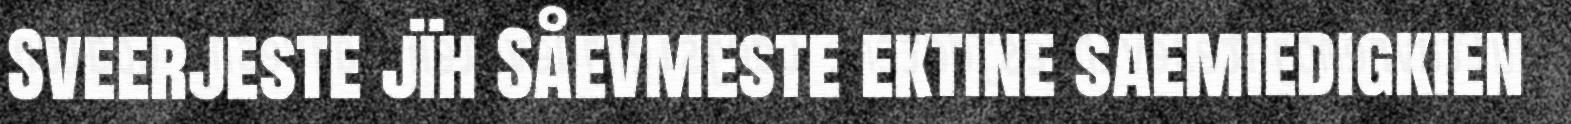
Sveerjeste jïh Såevmeste ektine saemiedigkien